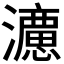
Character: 𭳩